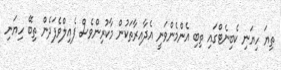
ތިޔަ ހިޔަނި ކެބިނެޓްގައި ތިބި އެންމެންވަނީ އެދާއިރާތަކުން މާކުރިންވެސް ފެއިލްވެފަދެން ތިބޭ ހިޔަނި